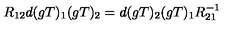
R _ { 1 2 } d ( g T ) _ { 1 } ( g T ) _ { 2 } = d ( g T ) _ { 2 } ( g T ) _ { 1 } R _ { 2 1 } ^ { - 1 }